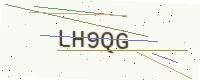
Text: LH9QG